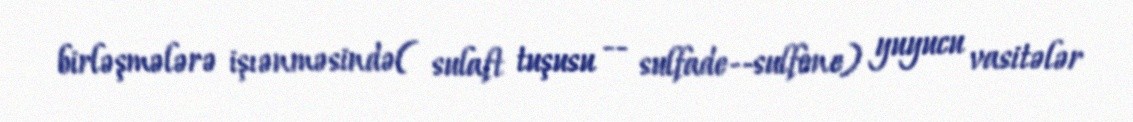
birləşmələrə işıənməsində( sulaft tuşusu -- sulfade--sulfone) yuyucu vasitələr